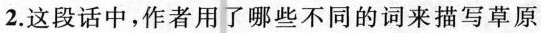
2.这段话中，作者用了哪些不同的词来描写草原